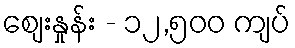
စျေးနှုန်း - ၁၂,၅၀၀ ကျပ်